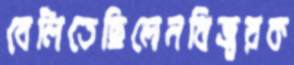
বেলিতেছিলেনবিজ্বরক